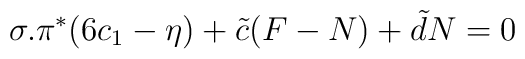
\sigma.\pi^*(6 c_1-\eta)+{\tilde c}(F-N)+{\tilde d}N=0